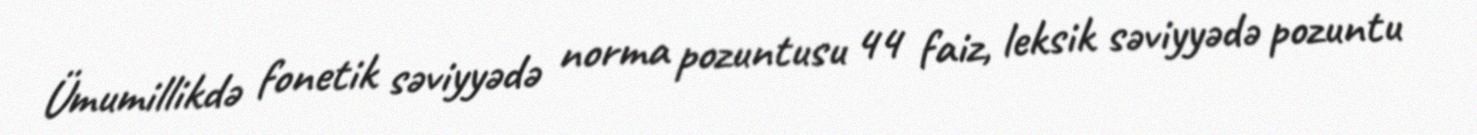
Ümumillikdə fonetik səviyyədə norma pozuntusu 44 faiz, leksik səviyyədə pozuntu